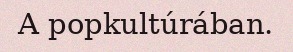
A popkultúrában.